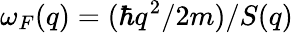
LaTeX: \omega_{F}(q)=(\hbar q^{2}/2m)/S(q)